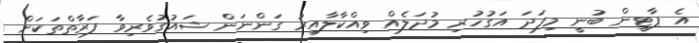
އެ ޕާޓީން ބުނީ މިފަދަ އަގުހުރި މުދަލެއް ވިއްކާލާއިރު ގަންނަން ޝައުގުވެރިވާ ފަރާތްތަކަށް